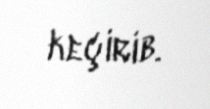
keçirib.